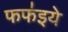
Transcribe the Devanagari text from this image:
फफ॑इये